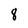
Character: 8